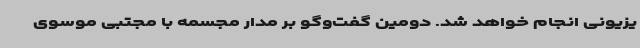
یزیونی انجام خواهد شد. دومین گفت‌وگو بر مدار مجسمه با مجتبی موسوی